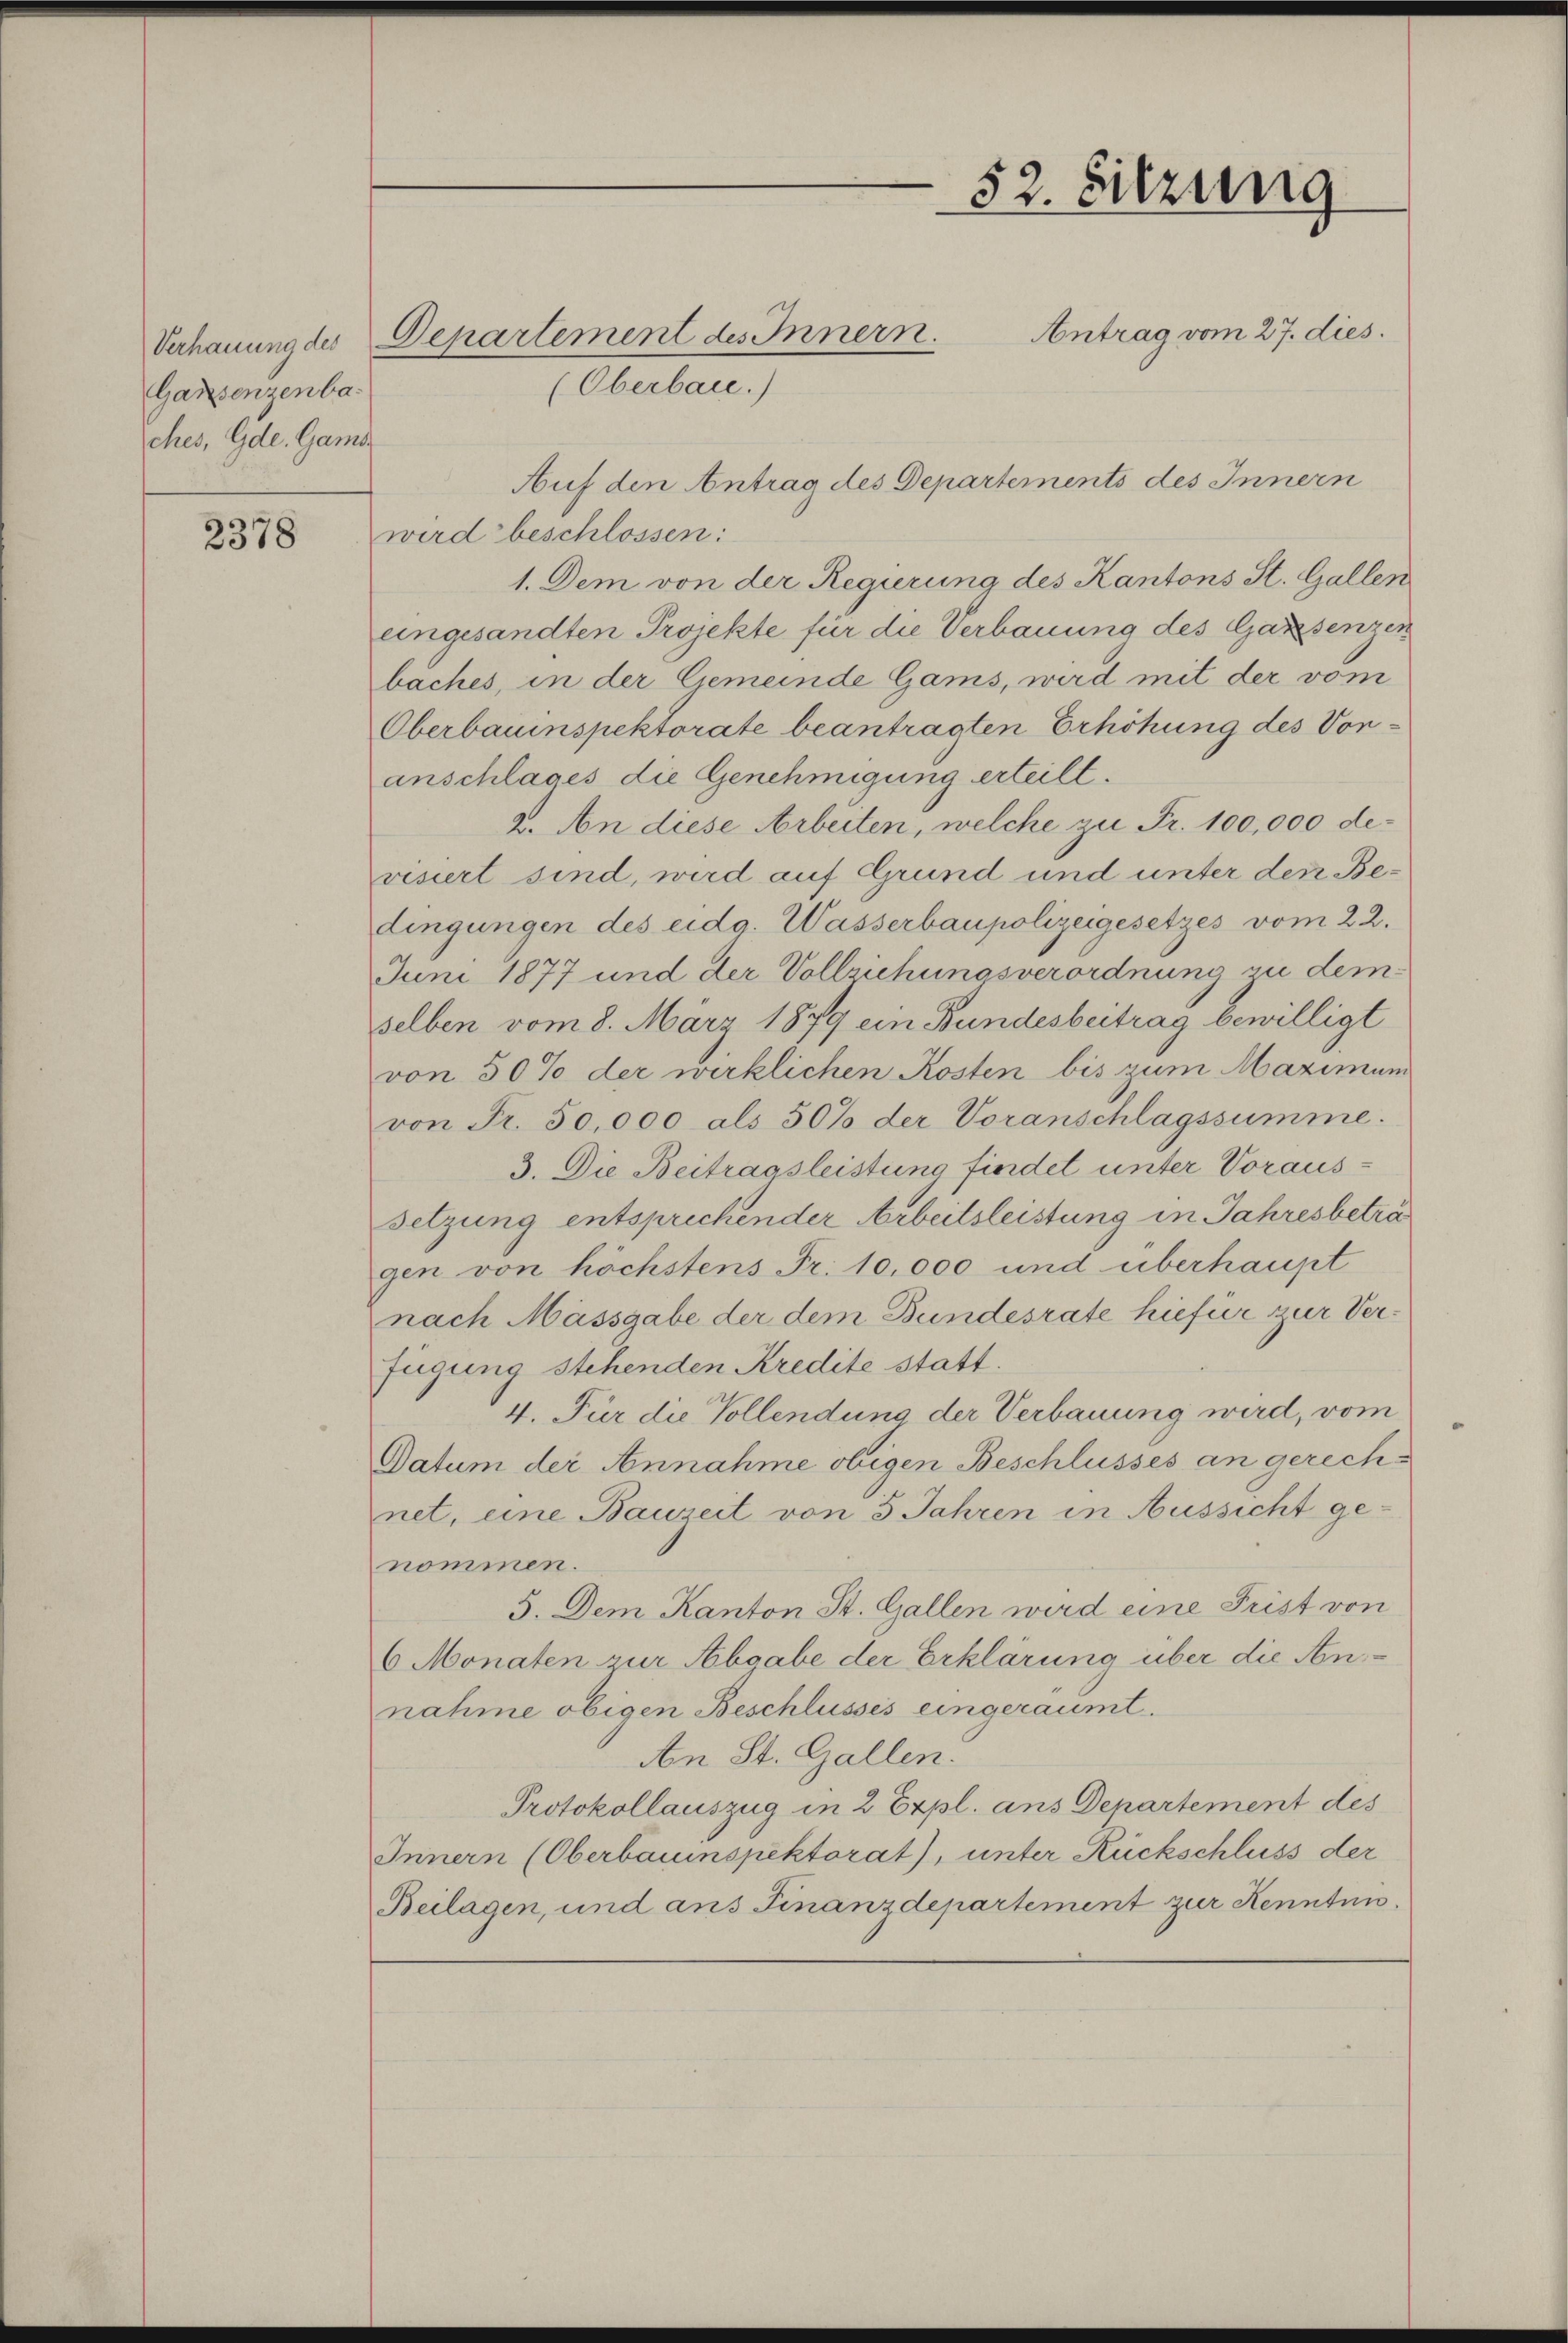
Ganzenzenba
ches, Gde. Gams

2378

(Oberbaue.)
Auf den Antrag des Departements des Innern
wird beschlossen:
1. Dem von der Regierung des Kantons St. Gallen
eingesandten Projekte für die Verbauung des Gaxsenzen
baches, in der Gemeinde Gams, wird mit der vom
Oberbauinspektorate beantragten Erhöhung des Voranschlages die Genehmigung erteilt.
2. An diese Arbeiten, welche zu Fr. 100,000 devisiert sind, wird auf Grund und unter den Bedingungen des eidg. Wasserbaupolizeigesetzes vom 22.
Juni 1877 und der Vollziehungsverordnung zu dem
selben vom 8. März 1879 ein Bundesbeitrag bewilligt
von 50% der wirklichen Kosten bis zum Maximum
von Fr. 50,000 als 50% der Voranschlagssumme.
3. Die Beitragsleistung findet unter Voraus-
setzung entsprechender Arbeitsleistung in Jahresbeträ
gen von höchstens Fr. 10,000 und überhaupt
nach Massgabe der dem Bundesrate hiefür zur Verfügung stehenden Kredite statt.
4. Für die Vollendung der Verbauung wird, vom
Datum der Annahme obigen Beschlusses an gerechnet, eine Bauzeit von 5 Jahren in Aussicht ge-
nommen.
5. Dem Kanton St. Gallen wird eine Frist von
6 Monaten zur Abgabe der Erklärung über die Annahme obigen Beschlusses eingeraumt.
An St. Gallen.
Protokollauszug in 2 Expl. ans Departement des
Innern (Oberbauinspektorat), unter Rückschluss der
Beilagen, und ans Finanzdepartement zur Kennten.

Verhauung des Departement des Innern.

52. Sitzung
Antrag vom 27. dies.